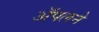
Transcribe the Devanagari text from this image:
ॲपलने